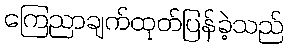
ကြေညာချက်ထုတ်ပြန်ခဲ့သည်